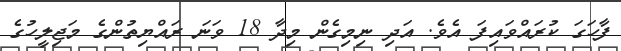
ފާހަގަ ކުރައްވައިފަ އެވެ. އަދި ނިމިގެން މިދާ 18 ވަނަ ރައްޔިތުންގެ މަޖިލީހުގެ